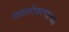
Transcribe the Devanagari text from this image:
सादारीकरणाच्या